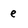
Character: e